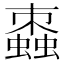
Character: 𧑖